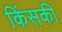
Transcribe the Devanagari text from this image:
किंसकी